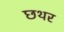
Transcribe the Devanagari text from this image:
छथर